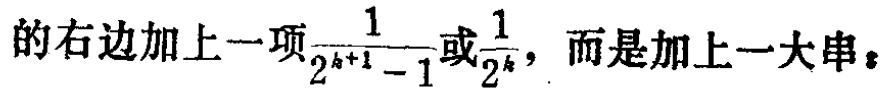
的右边加上一项$\frac{1}{2^{k + 1} - 1}$或$\frac{1}{2^{k}}$，而是加上一大串：